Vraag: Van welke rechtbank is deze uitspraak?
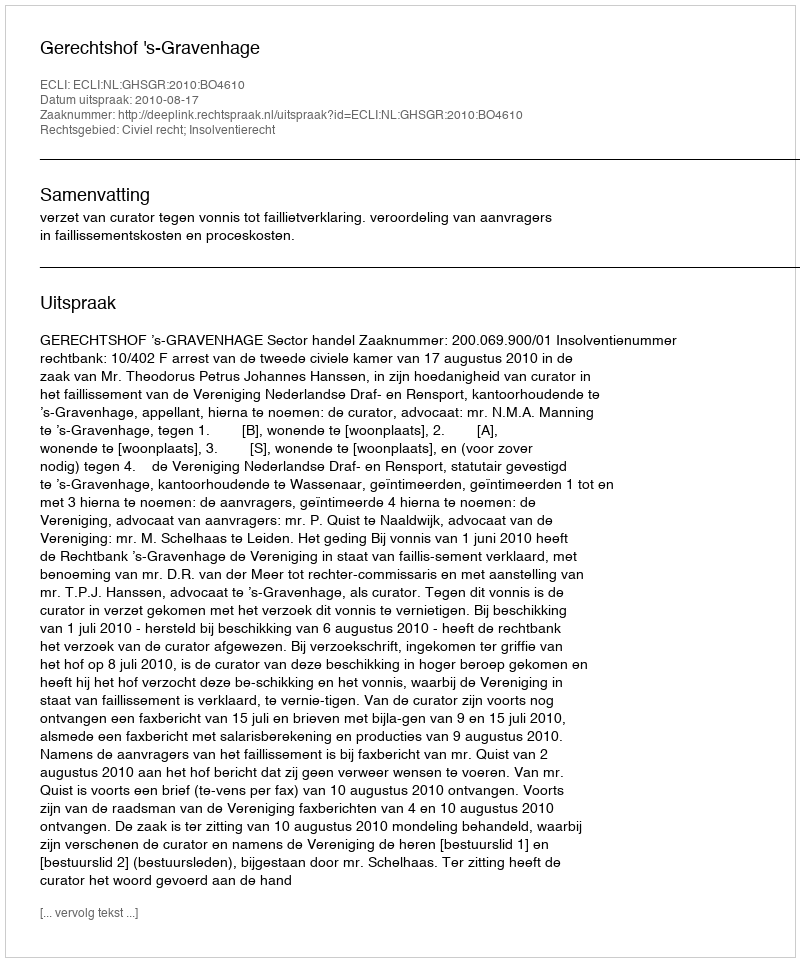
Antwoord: Gerechtshof 's-Gravenhage